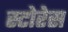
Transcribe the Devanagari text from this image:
स्टोरेस